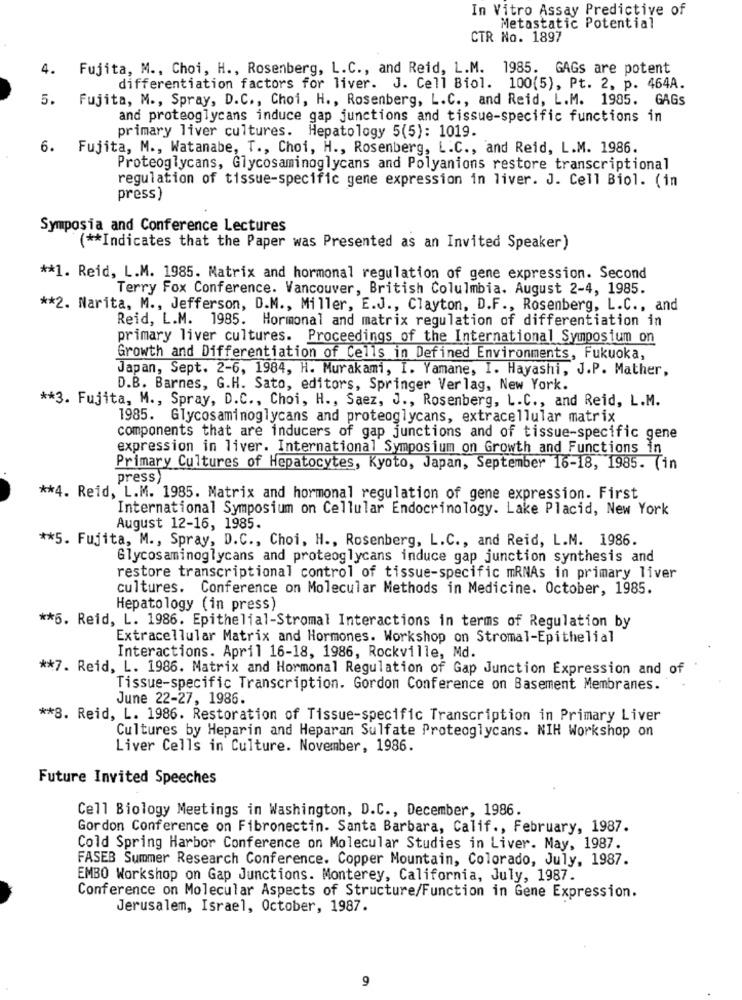
In Vitro Assay Predictive of
Metastatic Potential
CTR No. 1897
4. Fujita, M ., Choi, H ., Rosenberg, L.C ., and Reid, L.M. 1985. GAGs are potent
differentiation factors for liver. J. Cell Biol. 100(5), Pt. 2, p. 464A.
5. Fujita, M ., Spray, D.C ., Choi, H ., Rosenberg, L.C ., and Reid, L.M. 1985. GAGS
and proteoglycans induce gap junctions and tissue-specific functions in
primary liver cultures. Hepatology 5(5): 1019.
6. Fujita, M ., Watanabe, T ., Choi, H ., Rosenberg, L.C ., and Reid, L.M. 1986.
Proteoglycans, Glycosaminoglycans and Polyanions restore transcriptional
regulation of tissue-specific gene expression in liver. J. Cell Biol. (in
press)
Symposia and Conference Lectures
( ** Indicates that the Paper was Presented as an Invited Speaker)
** 1. Reid, L.M. 1985. Matrix and hormonal regulation of gene expression. Second
Terry Fox Conference. Vancouver, British Columbia. August 2-4, 1985.
** 2. Narita, M ., Jefferson, D.M ., Miller, E.J ., Clayton, D.F ., Rosenberg, L.C ., and
Reid, L.M. 1985. Hormonal and matrix regulation of differentiation in
primary liver cultures. Proceedings of the International Symposium on
Growth and Differentiation of Cells in Defined Environments, Fukuoka,
Japan, Sept. 2-6, 1984, H. Murakami, I. Yamane, I. Hayashi, J.P. Mather,
D.B. Barnes, G.H. Sato, editors, Springer Verlag, New York.
** 3. Fujita, M ., Spray, D.C ., Choi, H ., Saez, J ., Rosenberg, L.C ., and Reid, L.M.
1985. Glycosaminoglycans and proteoglycans, extracellular matrix
components that are inducers of gap junctions and of tissue-specific gene
expression in liver. International Symposium on Growth and Functions in
Primary Cultures of Hepatocytes, Kyoto, Japan, September 16-18, 1985. (in
press)
** 4. Reid, L.M. 1985. Matrix and hormonal regulation of gene expression. First
International Symposium on Cellular Endocrinology. Lake Placid, New York
August 12-16, 1985.
** 5. Fujita, M ., Spray, D.C ., Choi, H ., Rosenberg, L.C ., and Reid, L.M. 1986.
Glycosaminoglycans and proteoglycans induce gap junction synthesis and
restore transcriptional control of tissue-specific mRNAs in primary liver
cultures. Conference on Molecular Methods in Medicine. October, 1985.
Hepatology (in press)
** 5. Reid, L. 1986. Epithelial-Stromal Interactions in terms of Regulation by
Extracellular Matrix and Hormones. Workshop on Stromal-Epithelial
Interactions. April 16-18, 1986, Rockville, Md.
** 7. Reid, L. 1986. Matrix and Hormonal Regulation of Gap Junction Expression and of
Tissue-specific Transcription. Gordon Conference on Basement Membranes.
June 22-27, 1986.
** 8. Reid, L. 1986. Restoration of Tissue-specific Transcription in Primary Liver
Cultures by Heparin and Heparan Sulfate Proteoglycans. NIH Workshop on
Liver Cells in Culture. November, 1986.
Future Invited Speeches
Cell Biology Meetings in Washington, D.C ., December, 1986.
Gordon Conference on Fibronectin. Santa Barbara, Calif ., February, 1987.
Cold Spring Harbor Conference on Molecular Studies in Liver. May, 1987.
FASEB Summer Research Conference. Copper Mountain, Colorado, July, 1987.
EMBO Workshop on Gap Junctions. Monterey, California, July, 1987.
Conference on Molecular Aspects of Structure/Function in Gene Expression.
Jerusalem, Israel, October, 1987.
9